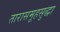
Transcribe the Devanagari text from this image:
तारासमूहसुद्धा